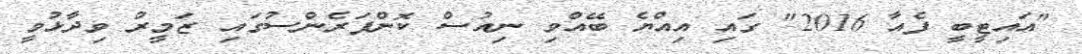
"އައިޓީބީ ފެއާ 2016" ގައި އިއްޔެ ބޭއްވި ނިއުސް ކޮންފަރެންސުގައި ޒަމީރު ވިދާޅުވީ